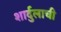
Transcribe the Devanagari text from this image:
शार्दुलाची